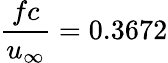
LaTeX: \frac{fc}{u_{\infty}}=0.3672